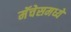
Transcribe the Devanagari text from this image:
मॅचेसमध्ये